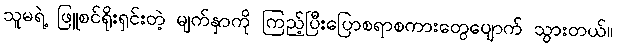
သူမရဲ့ ဖြူစင်ရိုးရှင်းတဲ့ မျက်နှာကို ကြည့်ပြီးပြောစရာစကားတွေပျောက် သွားတယ်။